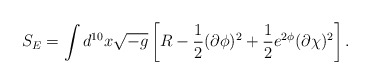
\begin{align*}S_{E}=\int d^{10}x \sqrt{-g} \left[ R -\frac{1}{2}(\partial \phi )^2 + \frac{1}{2} e^{2\phi} (\partial \chi )^2 \right] .\end{align*}